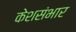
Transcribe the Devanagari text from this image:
केशसंभार